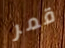
قمر